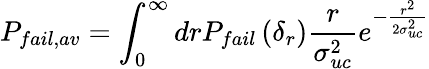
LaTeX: P_{fail,av}=\int_{0}^{\infty}drP_{fail}\left(\delta_{r}\right)\frac{r}{\sigma_{uc}^{2}}e^{-\frac{r^{2}}{2\sigma_{uc}^{2}}}